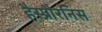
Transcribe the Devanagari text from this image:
हैस्प्रौरनिस